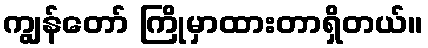
ကျွန်တော် ကြိုမှာထားတာရှိတယ်။